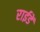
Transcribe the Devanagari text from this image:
राईडें